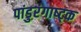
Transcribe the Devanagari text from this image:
पांडुरंगाष्ट्क